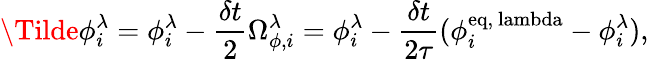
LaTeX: \Tilde{\phi}_{i}^{\lambda}={\phi}_{i}^{\lambda}-\frac{\delta t}{2}\Omega_{\phi,i}^{\lambda}={\phi}_{i}^{\lambda}-\frac{\delta t}{2\tau}(\phi_{i}^{\mathrm{eq,\ lambda}}-\phi_{i}^{\lambda}),